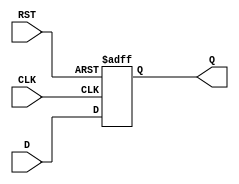
module IntermediateRegister #(
    parameter BIT_WIDTH = 8   // Specify the bit-width for the register
)(
    input wire [BIT_WIDTH-1:0] D, // Data input
    input wire CLK,                // Clock input
    input wire RST,                // Reset signal
    output reg [BIT_WIDTH-1:0] Q   // Data output
);

// Sequential logic for the Intermediate Register
always @(posedge CLK or posedge RST) begin
    if (RST) begin
        Q <= {BIT_WIDTH{1'b0}}; // Asynchronous reset, outputs zero
    end else begin
        Q <= D;                 // Capture input data on clock edge
    end
end

endmodule